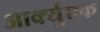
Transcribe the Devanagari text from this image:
आर्क्युएक